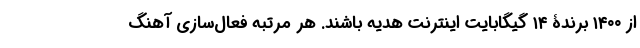
از ۱۴۰۰ برندۀ ۱۴ گیگابایت اینترنت هدیه باشند. هر مرتبه فعال‌سازی آهنگ